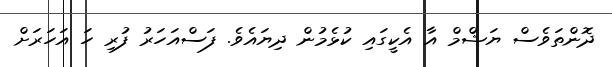
ދޮންތަވެސް ޔަޝްމް އާ އެކީގައި ކުޅެމުން ދިޔައެވެ. ފަސްއަހަރު ފުރި ހަ އަހަރަށް